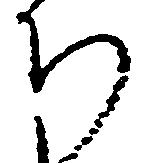
ち